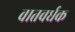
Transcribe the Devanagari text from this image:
वातवर्धक